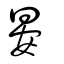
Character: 晏